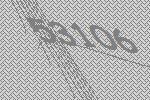
53106